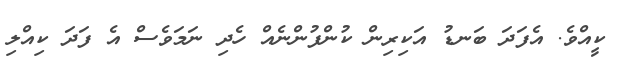
ކީއްވެ. އެފަދަ ބަނޑު އަކިރިން ކުންފުންނެއް ހެދި ނަމަވެސް އެ ފަދަ ކިއްލި